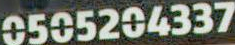
0505204337